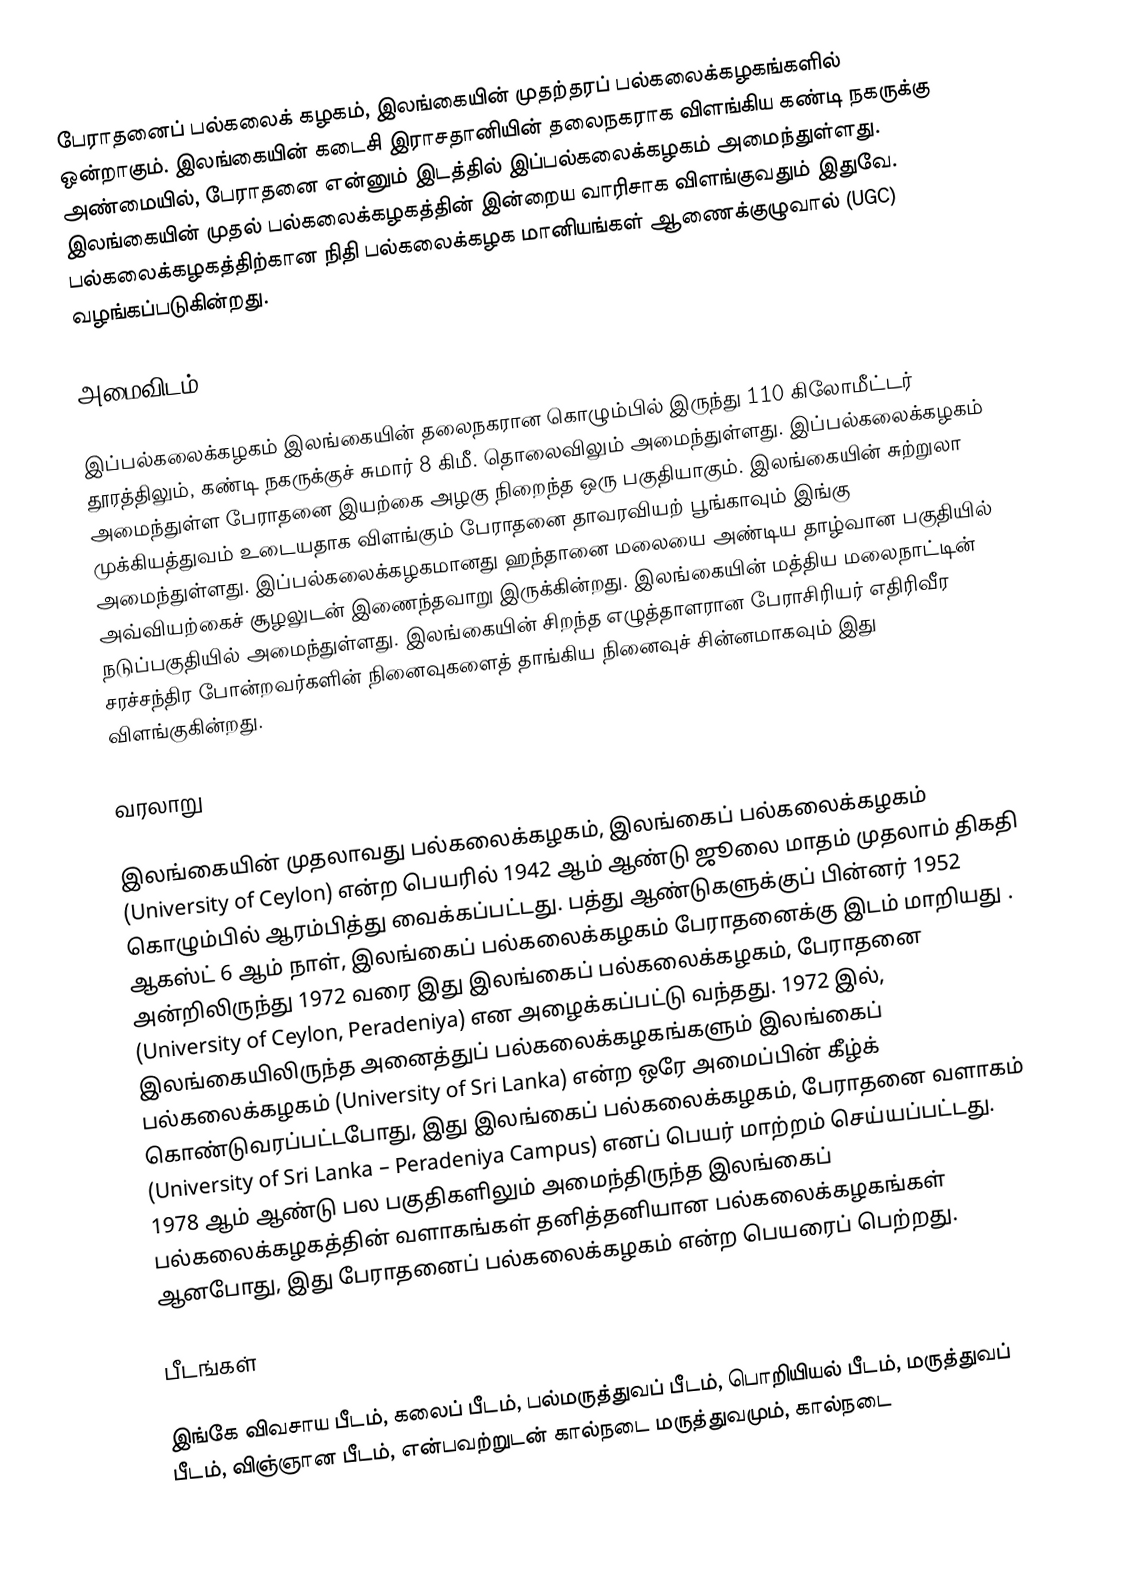
பேராதனைப் பல்கலைக் கழகம், இலங்கையின் முதற்தரப் பல்கலைக்கழகங்களில் ஒன்றாகும். இலங்கையின் கடைசி இராசதானியின் தலைநகராக விளங்கிய கண்டி நகருக்கு அண்மையில், பேராதனை என்னும் இடத்தில் இப்பல்கலைக்கழகம் அமைந்துள்ளது. இலங்கையின் முதல் பல்கலைக்கழகத்தின் இன்றைய வாரிசாக விளங்குவதும் இதுவே. பல்கலைக்கழகத்திற்கான நிதி  பல்கலைக்கழக மானியங்கள் ஆணைக்குழுவால் (UGC) வழங்கப்படுகின்றது.

அமைவிடம்

இப்பல்கலைக்கழகம் இலங்கையின் தலைநகரான கொழும்பில் இருந்து 110 கிலோமீட்டர் தூரத்திலும், கண்டி நகருக்குச் சுமார் 8 கிமீ. தொலைவிலும் அமைந்துள்ளது. இப்பல்கலைக்கழகம் அமைந்துள்ள பேராதனை இயற்கை அழகு நிறைந்த ஒரு பகுதியாகும். இலங்கையின் சுற்றுலா முக்கியத்துவம் உடையதாக விளங்கும் பேராதனை தாவரவியற் பூங்காவும் இங்கு அமைந்துள்ளது. இப்பல்கலைக்கழகமானது ஹந்தானை மலையை அண்டிய தாழ்வான பகுதியில் அவ்வியற்கைச் சூழலுடன் இணைந்தவாறு இருக்கின்றது. இலங்கையின் மத்திய மலைநாட்டின் நடுப்பகுதியில் அமைந்துள்ளது. இலங்கையின் சிறந்த எழுத்தாளரான பேராசிரியர் எதிரிவீர சரச்சந்திர போன்றவர்களின் நினைவுகளைத் தாங்கிய நினைவுச் சின்னமாகவும் இது விளங்குகின்றது.

வரலாறு

இலங்கையின் முதலாவது பல்கலைக்கழகம், இலங்கைப் பல்கலைக்கழகம் (University of Ceylon) என்ற பெயரில் 1942 ஆம் ஆண்டு ஜூலை மாதம் முதலாம் திகதி கொழும்பில் ஆரம்பித்து வைக்கப்பட்டது. பத்து ஆண்டுகளுக்குப் பின்னர் 1952 ஆகஸ்ட் 6 ஆம் நாள், இலங்கைப் பல்கலைக்கழகம் பேராதனைக்கு இடம் மாறியது . அன்றிலிருந்து 1972 வரை இது இலங்கைப் பல்கலைக்கழகம், பேராதனை (University of Ceylon, Peradeniya) என அழைக்கப்பட்டு வந்தது. 1972 இல், இலங்கையிலிருந்த அனைத்துப் பல்கலைக்கழகங்களும் இலங்கைப் பல்கலைக்கழகம் (University of Sri Lanka) என்ற ஒரே அமைப்பின் கீழ்க் கொண்டுவரப்பட்டபோது, இது இலங்கைப் பல்கலைக்கழகம், பேராதனை வளாகம் (University of Sri Lanka – Peradeniya Campus) எனப் பெயர் மாற்றம் செய்யப்பட்டது. 1978 ஆம் ஆண்டு பல பகுதிகளிலும் அமைந்திருந்த இலங்கைப் பல்கலைக்கழகத்தின் வளாகங்கள் தனித்தனியான பல்கலைக்கழகங்கள் ஆனபோது, இது பேராதனைப் பல்கலைக்கழகம் என்ற பெயரைப் பெற்றது.

பீடங்கள்

இங்கே விவசாய பீடம், கலைப் பீடம், பல்மருத்துவப் பீடம், பொறியியல் பீடம், மருத்துவப் பீடம், விஞ்ஞான பீடம், என்பவற்றுடன் கால்நடை மருத்துவமும், கால்நடை